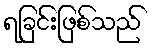
ရခြင်းဖြစ်သည်